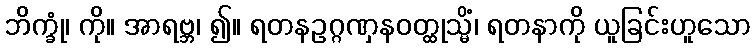
ဘိက္ခုံ၊ ကို။ အာရဗ္ဘ၊ ၍။ ရတနဥဂ္ဂဏှနဝတ္ထုသ္မိံ၊ ရတနာကို ယူခြင်းဟူသော